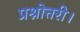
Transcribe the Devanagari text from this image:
प्रश्नोत्तरी।